Scottish Certificate of Education, 1963
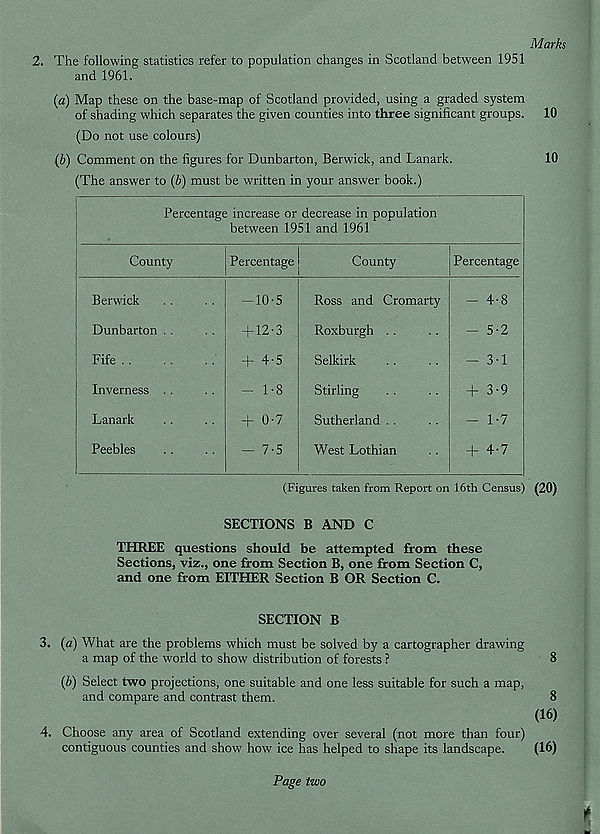
Marks
2. The following statistics refer to population changes in Scotland between 1951
and 1961.
(a) Map these on the base-map of Scotland provided, using a graded system
of shading which separates the given counties into three significant groups. 10
(Do not use colours)
{b) Comment on the figures for Dunbarton, Berwick, and Lanark.
(The answer to (6) must be written in your answer book.)
Percentage increase or decrease in population
between 1951 and 1961
County
Berwick
Dunbarton
j
Fife . .
| Inverness
Lanark
Peebles
Percentage i
County
-10-5
+ 12-3
+ 4-5
- 1-8
+ 0-7
- 7-5
Ross and Cromarty
Roxburgh . .
Selkirk
Stirling
Sutherland . .
West Lothian
Percentage
- 4-8
- 5-2
- 3-1
+ 3-9
- 1-7
+ 4-7
10
(Figures taken from Report on 16th Census) (20)
SECTIONS B AND C
THREE questions should be attempted from these
Sections, viz., one from Section B, one from Section C,
and one from EITHER Section B OR Section C.
SECTION B
3. {a) What are the problems which must be solved by a cartographer drawing
a map of the world to show distribution of forests ?
8
(b) Select two projections, one suitable and one less suitable for such a map,
and compare and contrast them.
8
(16)
•4. Choose any area of Scotland extending over several (not more than four)
contiguous counties and show how ice has helped to shape its landscape.
(16)
Page two
t